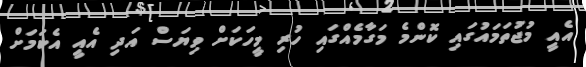
އެއީ މުޖުތަމައުގައި ކޮންމެ މަގާމެއްގައި ހުރި މީހަކަށް ވިޔަސް އަދި އެއީ އެކަމަށް